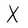
Character: X